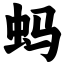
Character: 蚂